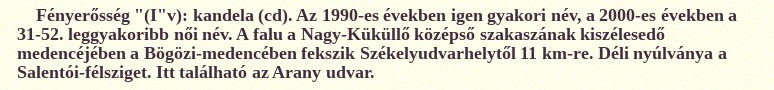
Fényerősség "(I"v): kandela (cd). Az 1990-es években igen gyakori név, a 2000-es években a 31-52. leggyakoribb női név. A falu a Nagy-Küküllő középső szakaszának kiszélesedő medencéjében a Bögözi-medencében fekszik Székelyudvarhelytől 11 km-re. Déli nyúlványa a Salentói-félsziget. Itt található az Arany udvar.